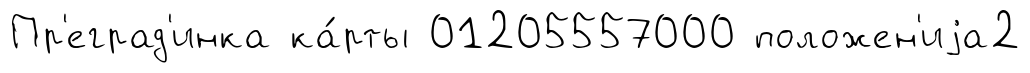
Пр'еград'инка ка́рты 01205557000 положен'иjа2